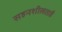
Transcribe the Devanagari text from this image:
सहनशीलताहै